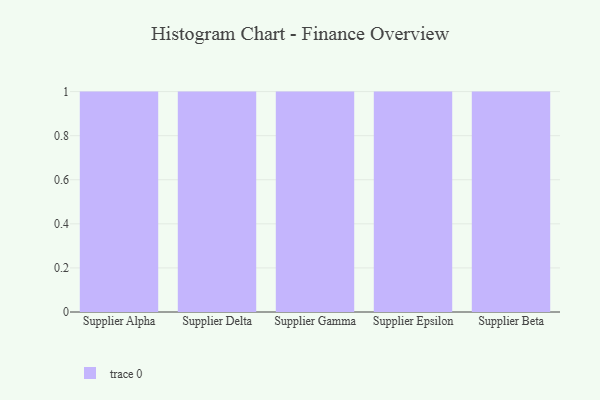
{"axis": {"x": "Supplier", "y": "Waste Production (Tons)"}, "legend": [""], "data": [{"x": "Supplier Alpha", "y": 65, "type": ""}, {"x": "Supplier Delta", "y": 5, "type": ""}, {"x": "Supplier Gamma", "y": 79, "type": ""}, {"x": "Supplier Epsilon", "y": 4, "type": ""}, {"x": "Supplier Beta", "y": 51, "type": ""}]}